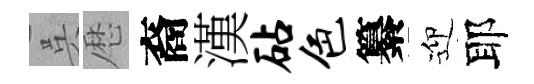
呉厯裔漢砧色纂迎耶